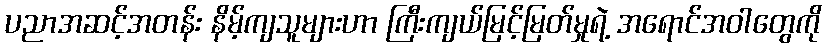
ပညာအဆင့်အတန်း နိမ့်ကျသူများဟာ ကြီးကျယ်မြင့်မြတ်မှုရဲ့ အရောင်အဝါတွေကို